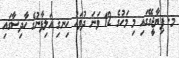
މ. ޕިޔާޖީގޭގައި މި މަހުގެ 12 ވަނަ ދުވަހު ހިނގި އަލިފާނުގެ ހާދިސާގައި